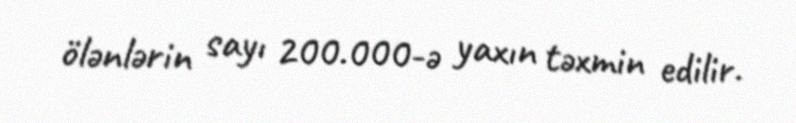
ölənlərin sayı 200.000-ə yaxın təxmin edilir.